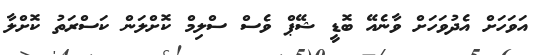
އަަވަހަށް އެދުވަހަށް ވާނެއޭ ބޮޑީ ޝޭޕް ވެސް ސްލިމް ކޮށްލަން ކަސްރަތު ކޮށްލާ